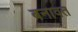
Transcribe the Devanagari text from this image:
बनावत